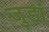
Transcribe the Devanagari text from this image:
जुडां